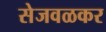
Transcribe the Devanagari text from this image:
सेजवळकर